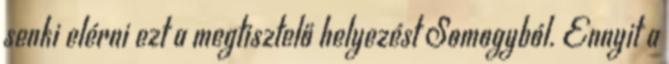
senki elérni ezt a megtisztelő helyezést Somogyból. Ennyit a